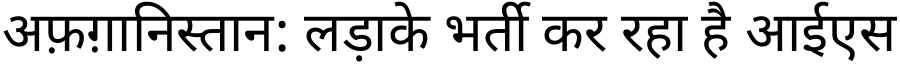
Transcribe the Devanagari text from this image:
अफ़ग़ानिस्तान: लड़ाके भर्ती कर रहा है आईएस